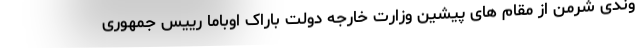
وندی شرمن از مقام های پیشین وزارت خارجه دولت باراک اوباما رییس جمهوری